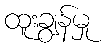
ထူးချွန်မှု